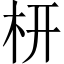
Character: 枅